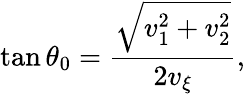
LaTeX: \tan\theta_{0}=\frac{\sqrt{v_{1}^{2}+v_{2}^{2}}}{2v_{\xi}},